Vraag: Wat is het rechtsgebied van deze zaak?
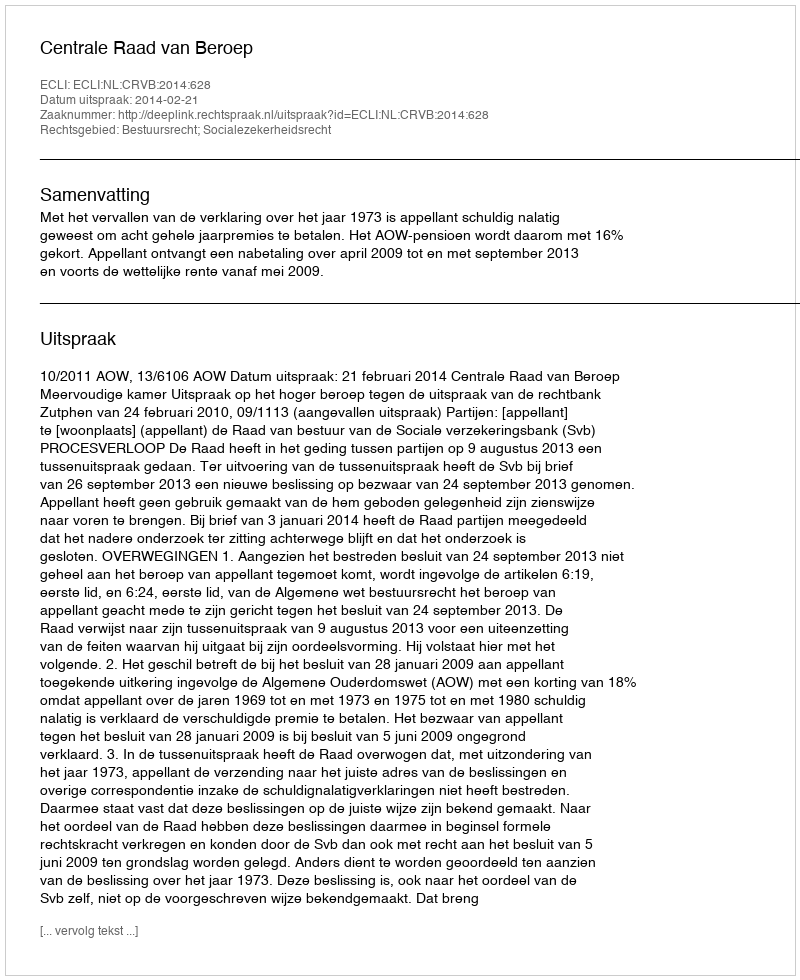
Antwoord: Bestuursrecht; Socialezekerheidsrecht